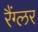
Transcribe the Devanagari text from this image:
रैंग्लर